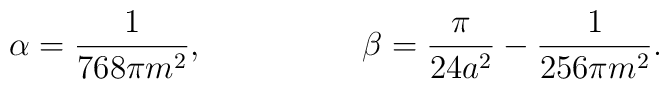
\alpha=\frac{1}{768\pi m^{2}}    ,\hspace{2cm} \beta=\frac{\pi}{24a^{2}}  -\frac{1}{256\pi m^{2}}  .